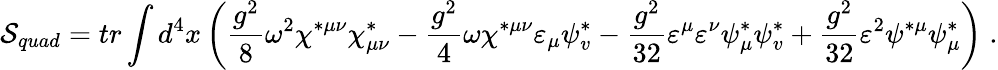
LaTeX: {\cal S}_{quad}=tr\int d^{4}x\left(\frac{g^{2}}8\omega^{2}\chi^{*\mu\nu}\chi_{\mu\nu}^{*}-\frac{g^{2}}4\omega\chi^{*\mu\nu}\varepsilon_{\mu}\psi_{v}^{*}-\frac{g^{2}}{32}\varepsilon^{\mu}\varepsilon^{\nu}\psi_{\mu}^{*}\psi_{v}^{*}+\frac{g^{2}}{32}\varepsilon^{2}\psi^{*\mu}\psi_{\mu}^{*}\right)\; .